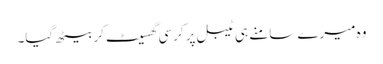
وہ میرے سامنے ہی ٹیبل پر کرسی گھسیٹ کر بیٹھ گیا۔